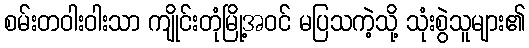
စမ်းတဝါးဝါးသာ ကျိုင်းတုံမြို့အဝင် မပြသကဲ့သို့ သုံးစွဲသူများ၏